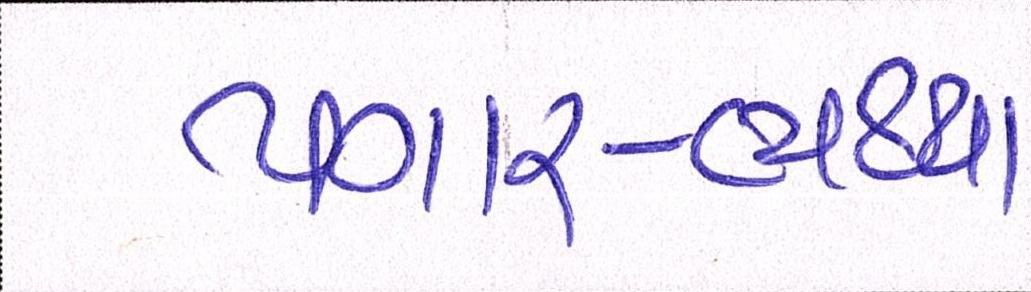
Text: પગાર-ભથ્થા